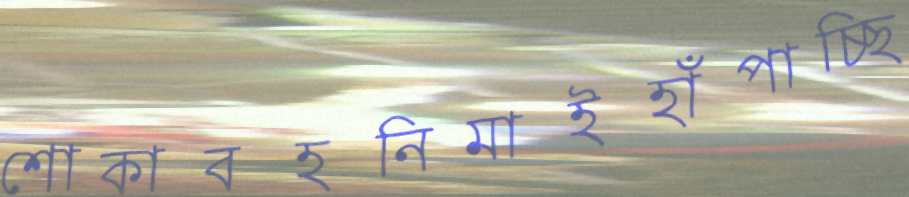
শোকাবহনিমাইহাঁপাচ্ছি